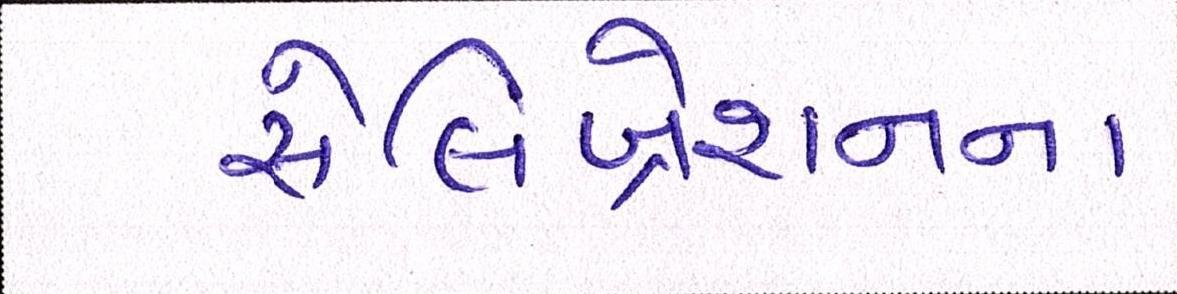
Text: સેલિબ્રેશનના